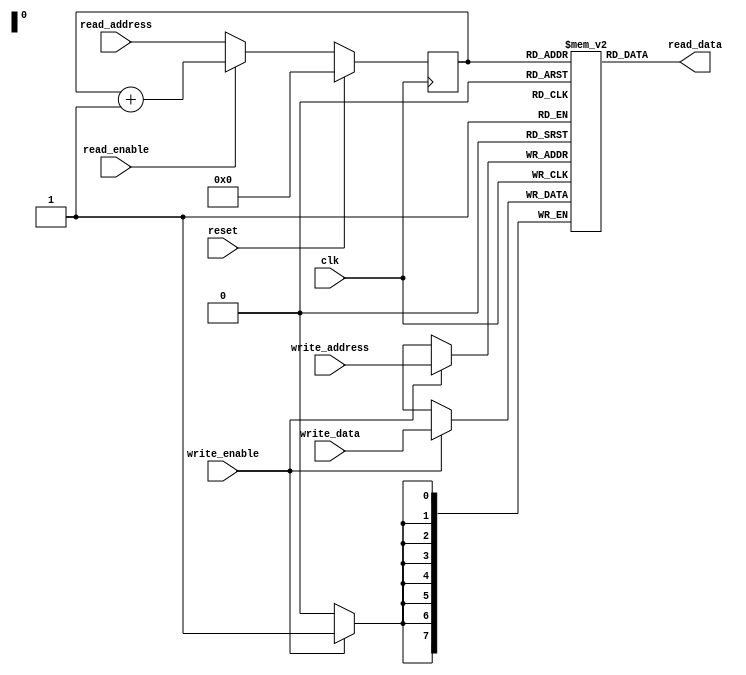
module dual_port_RAM (
    input wire clk,
    input wire reset,
    
    // Read port
    input wire read_enable,
    input wire [7:0] read_address,
    output reg [7:0] read_data,
    
    // Write port
    input wire write_enable,
    input wire [7:0] write_address,
    input wire [7:0] write_data
);

// Dual-port RAM array
reg [7:0] ram [0:255];

// Arbitration logic for read port
reg [7:0] current_read_address;
wire [7:0] highest_priority_address;

always @ (posedge clk) begin
    if (reset) begin
        current_read_address <= 8'h00; // Start at address 0
    end else begin
        if (read_enable) begin
            current_read_address <= current_read_address + 1; // Sequential read address
        end else begin
            current_read_address <= read_address; // Update read address if read is enabled
        end
    end
end

assign highest_priority_address = current_read_address;

// Read data from RAM
assign read_data = ram[highest_priority_address];

// Write data to RAM
always @ (posedge clk) begin
    if (write_enable) begin
        ram[write_address] <= write_data;
    end
end

endmodule